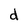
Character: d